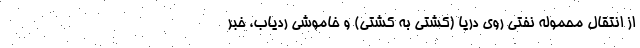
از انتقال محموله نفتی روی دریا (کشتی به کشتی) و خاموشی ردیاب، خبر